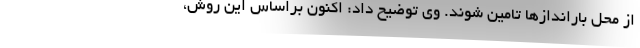
از محل باراندازها تامین شوند. وی توضیح داد: اکنون براساس این روش،